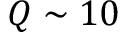
Q \sim 1 0